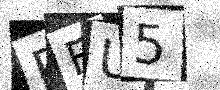
Text: RFU5